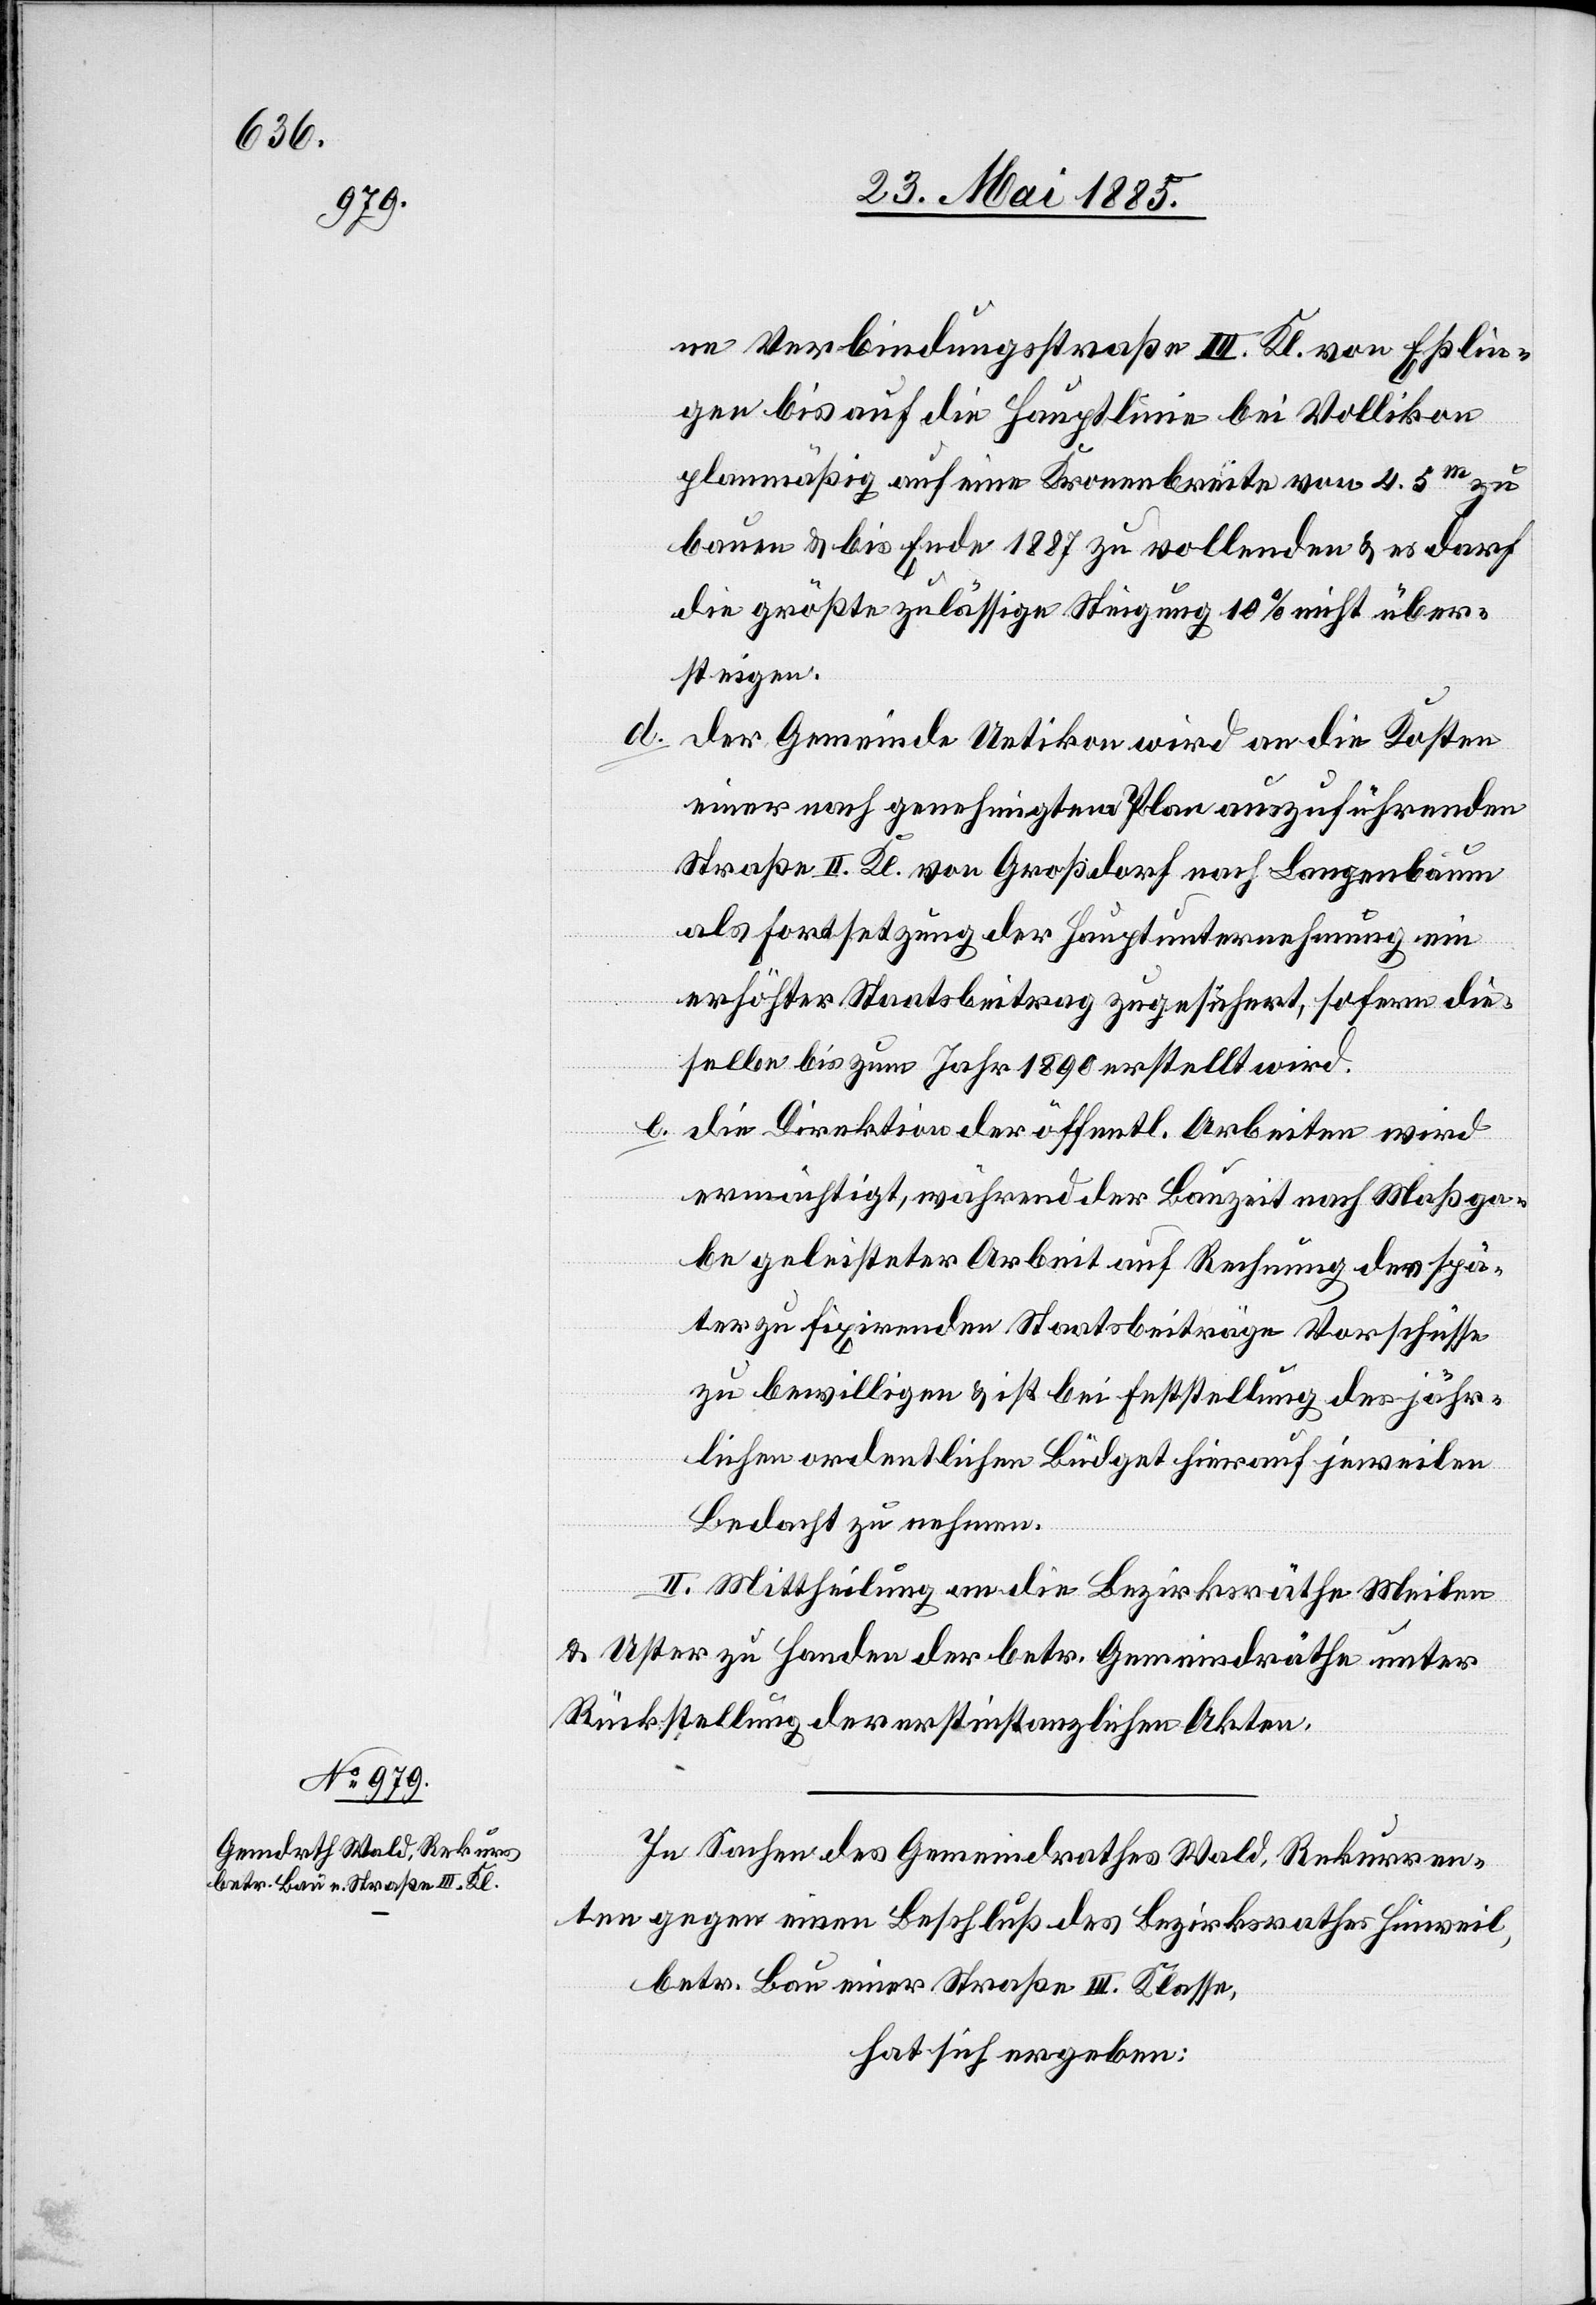
ne Verbindungsstraße III. Kl. von Eßlin¬
gen bis auf die Hauptlinie bei Vollikon
planmäßig auf eine Kronenbreite von 4.5 m zu
bauen & bis Ende 1887 zu vollenden & es darf
die größte zulässige Steigung 10% nicht über¬
steigen.
d. Der Gemeinde Uetikon wird an die Kosten
einer nach genehmigtem Plan auszuführenden
Straße II. Kl. von Großdorf nach Langenbaum
als Fortsetzung der Hauptunternehmung ein
erhöhter Staatsbeitrag zugesichert, sofern die
selben bis zum Jahr 1890 erstellt wird.
e.
Die Direktion der öffentl. Arbeiten wird
ermächtigt, während der Bauzeit nach Maßga¬
be geleisteter Arbeit auf Rechnung der spä¬
ter zu fixirenden Staatsbeiträge Vorschüsse
zu bewilligen & ist bei Feststellung des jähr¬
lichen ordentlichen Büdget hierauf jeweilen
Bedacht zu nehmen.
II. Mittheilung an die Bezirksräthe Meilen
& Uster zu Handen der betr. Gemeindräthe unter
Rückstellung der erstinstanzlichen Akten.
In Sachen des Gemeindrathes Wald, Rekurren¬
ten gegen einen Beschluß des Bezirksrathes Hinweil,
betr. Bau einer Straße III. Klasse,
hat sich ergeben: